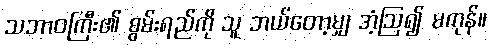
သဘာဝကြီး၏ စွမ်းရည်ကို သူ ဘယ်တော့မျှ အံ့ဩ၍ မကုန်။